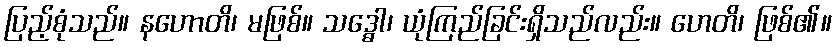
ပြည့်စုံသည်။ နဟောတိ၊ မဖြစ်။ သဒ္ဓေါ၊ ယုံကြည်ခြင်းရှိသည်လည်း။ ဟေတိ၊ ဖြစ်၏။